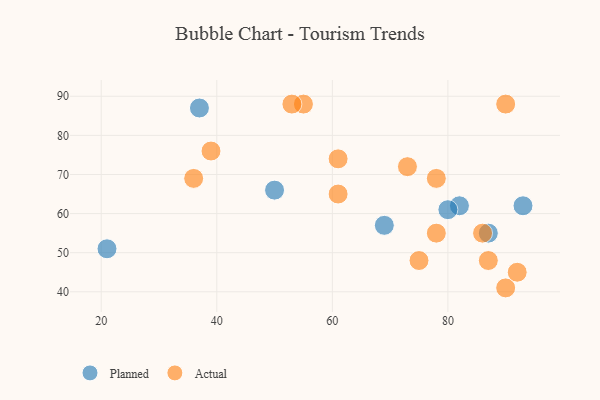
{"axis": {"x": "GDP", "y": "Life Expectancy"}, "legend": ["Actual", "Planned"], "data": [{"x": "82", "y": 62, "type": "Planned"}, {"x": "69", "y": 57, "type": "Planned"}, {"x": "37", "y": 87, "type": "Planned"}, {"x": "50", "y": 66, "type": "Planned"}, {"x": "87", "y": 55, "type": "Planned"}, {"x": "21", "y": 51, "type": "Planned"}, {"x": "80", "y": 61, "type": "Planned"}, {"x": "93", "y": 62, "type": "Planned"}, {"x": "55", "y": 88, "type": "Actual"}, {"x": "53", "y": 88, "type": "Actual"}, {"x": "75", "y": 48, "type": "Actual"}, {"x": "73", "y": 72, "type": "Actual"}, {"x": "90", "y": 88, "type": "Actual"}, {"x": "61", "y": 74, "type": "Actual"}, {"x": "78", "y": 55, "type": "Actual"}, {"x": "61", "y": 65, "type": "Actual"}, {"x": "39", "y": 76, "type": "Actual"}, {"x": "78", "y": 69, "type": "Actual"}, {"x": "90", "y": 41, "type": "Actual"}, {"x": "86", "y": 55, "type": "Actual"}, {"x": "36", "y": 69, "type": "Actual"}, {"x": "87", "y": 48, "type": "Actual"}, {"x": "92", "y": 45, "type": "Actual"}]}